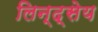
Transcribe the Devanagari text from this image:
लिन्द्सेय